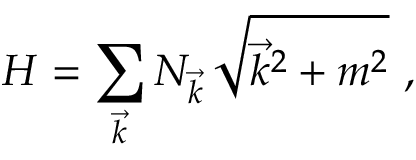
H = \sum _ { \vec { k } } N _ { \vec { k } } \, \sqrt { \vec { k } ^ { 2 } + m ^ { 2 } } \, \, ,